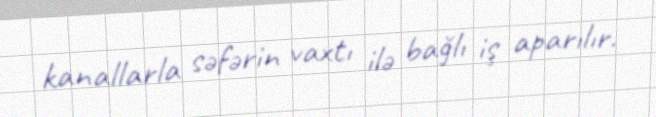
kanallarla səfərin vaxtı ilə bağlı iş aparılır.